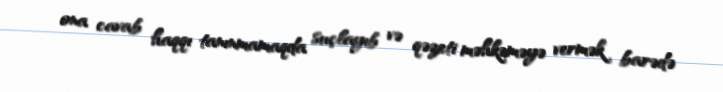
ona cavab haqqı tanınmamaqda suçlayıb və qəzeti məhkəməyə vermək barədə